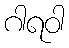
ဂါရဝါ